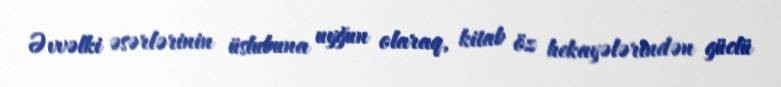
Əvvəlki əsərlərinin üslubuna uyğun olaraq, kitab öz hekayələrindən güclü